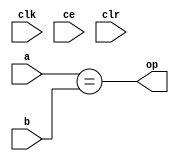
module sysgen_relational_004edd55c3 (
  input [(8 - 1):0] a,
  input [(8 - 1):0] b,
  output [(1 - 1):0] op,
  input clk,
  input ce,
  input clr);
  wire [(8 - 1):0] a_1_31;
  wire [(8 - 1):0] b_1_34;
  localparam [(1 - 1):0] const_value = 1'b1;
  wire result_12_3_rel;
  assign a_1_31 = a;
  assign b_1_34 = b;
  assign result_12_3_rel = a_1_31 == b_1_34;
  assign op = result_12_3_rel;
endmodule